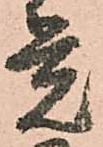
覚